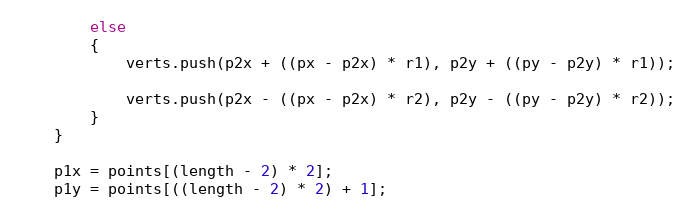
Language: JavaScript
        else
        {
            verts.push(p2x + ((px - p2x) * r1), p2y + ((py - p2y) * r1));

            verts.push(p2x - ((px - p2x) * r2), p2y - ((py - p2y) * r2));
        }
    }

    p1x = points[(length - 2) * 2];
    p1y = points[((length - 2) * 2) + 1];